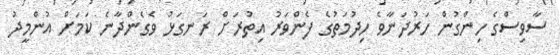
ސާވިސްގެ ހިންގުން ހަރުދަނާވެ ހިދުމަތުގެ ފެންވަރު އިތުރަށް ރަނގަޅު ވެގެންދާނެ ކަމަށް އުންމީދު